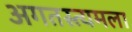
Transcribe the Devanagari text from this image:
अगतस्त्यमला